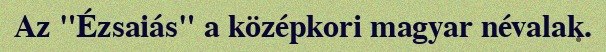
Az "Ézsaiás" a középkori magyar névalak.